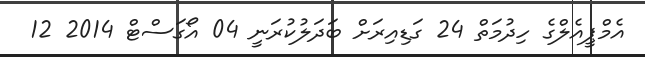
އެމްޕީއެލްގެ ހިދުމަތް 24 ގަޑިއިރަށް ބަދަލުކުރަނީ 04 އޯގަސްޓް 2014 12